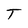
Character: T